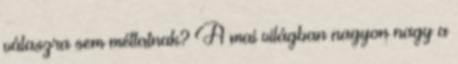
válaszra sem méltatnak? A mai világban nagyon nagy a